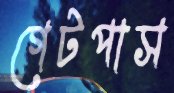
গেটপাস